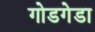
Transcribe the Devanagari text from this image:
गोडगेडा